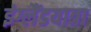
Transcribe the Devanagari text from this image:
इंग्लैंडयात्रा